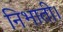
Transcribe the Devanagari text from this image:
निभाती।